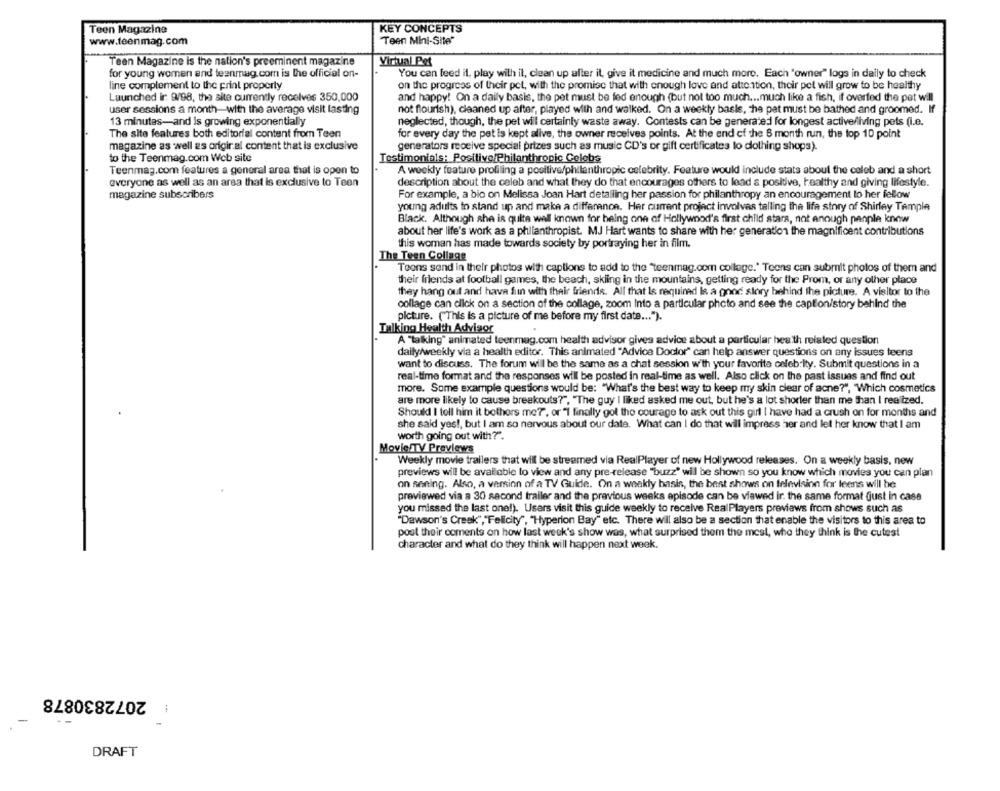
Teen Magazine
KEY CONCEPTS
Teen Mini-Site'
www.feenmag.com
Teen Magazine is the nation's preeminent magazine
Virtual Pet
for young women and teenmag.com is the official on-
You can feed il, play with il, clean up after it, give it medicine and much more. Each 'owner" logs in daily to check
line complement to the print property
on the progress of their pet, with the promise that with enough love and attention, their pet will grow to be healthy
Launched ir 9/98, the site currently receives 350,000
and happy! On a daily basis, the pet must be fed enough (but not too much ... much like a fish, if overfed the pet will
user sessions a month-with the average visit lasting
not flourish), cleaned up after, played with and walked. On a weekly basis, he pat must be bathed and groomed. If
13 minutes-and is growing exponentially
neglected, though, the pet wil certainly waste away. Contests can be generated for longest active/living pets (i.e.
The site features both editorial content from Teen
for every day the pet is kept alive, the owner receives points. At the end of the 6 month run, the top 10 point
magazine as well as original content that is exclusive
generators receive special prizes such as music CD's or gift certificates lo clothing shops).
to the Teenmag.com Web site
Testimonials: Positive/Philanthropic Celebs
Teenmag.com features a general area that is open to
A weekly feature profiling a positive/philanthropic celebrity. Feature would include stats about the caleb and a short
everyone as well as an area that is exclusive to Teen
description about the celeb and what they do that encourages others to lead a positive, healthy and giving lifestyle.
magazine subscribers
For example, a bio on Melissa Joan Hart detalling her passion for philanthropy an encouragement to her fellow
young adults to stand up and make a difference. Her current project involves talling the life story of Shirley Temple
Black. Although she is quite well known for being one of Hollywood's first child stars, not enough panple know
about her life's work as a philanthropist. MJ Hart wants to share with her generation the magnificent contributions
this woman has made towards society by portraying her in film.
The Teen Collage
Toons send in their photos with captions to add to the "teenmag.com college." Teens can submit photos of them and
their friends at football games, the beach, skiing in the mountains, getting ready for the Prom, or any other place
they hang out and have fun with their friends. All that Is required Is a good story behind the picture. A visitor to the
collage can click on a section of the collage, zoom Into a particular photo and see the caption/story behind the
picture. ("This is a picture of me before my first date ... ").
Talking Health Advisor
A "talking" animated teenmag.com health advisor gives advice about a particular health related question
daily/weekly via a health editor. This animated "Advice Doctor" can help answer questions on any issues teens
want to discuss. The forum will be the same as a chat session with your favorite celebrity. Submit questions in a
real-time format and the responses will be posted in real-time as well. Also click on the past issues and find out
more. Some example questions would be: "What's the best way to keep my skin clear of acne?", "Which cosmetics
are more likely to cause breakouts?", "The guy I liked asked me out, but he's a lot shorter than me than I realized.
Should I toll him it bothers me?", or "1 finally got the courage to ask out this girl I have had a crush on for months and
she said yes !, but I am so nervous about our date. What can I do that will impress her and let her know that I am
worth going out with?".
Movie TV Previews
Weekly movie trailers that will be streamed via RealPlayer of new Hollywood releases. On a weekly basis, new
previews will be available to view and any pre-release "buzz" will be shown so you know which movies you can plan
on sening. Also, a version of a TV Guide. On a weakly basis, the best shows on television for leens will be
previewed via a 30 second trailer and the previous weeks episode can be viewed ir. the same format just in case
you missed the last one!). Users visit this guide weekly to receive RealPlayers previaws from shows such as
"Dawson's Creek","Felicity", "Hyperion Bay" etc. There will also be a section that enable the visitors to this area to
post their coments on how last week's show was, what surprised them the mest, who they think is the cutest
character and what do they think will happen next week.
2072830878
DRAFT